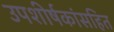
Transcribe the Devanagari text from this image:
उपशीर्षकांसहित